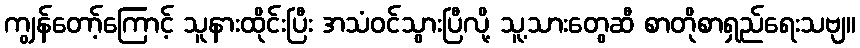
ကျွန်တော့်ကြောင့် သူနားထိုင်းပြီး အသံဝင်သွားပြီလို့ သူ့သားတွေဆီ စာတိုစာရှည်ရေးသဗျ။